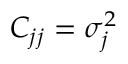
C _ { j j } = \sigma _ { j } ^ { 2 }